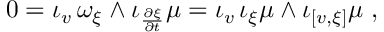
0 = \iota _ { v } \, \omega _ { \xi } \wedge \iota _ { \frac { \partial \xi } { \partial t } } \mu = \iota _ { v } \, \iota _ { \xi } \mu \wedge \iota _ { [ v , \xi ] } \mu \ ,